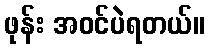
ဖုန်း အဝင်ပဲရတယ်။